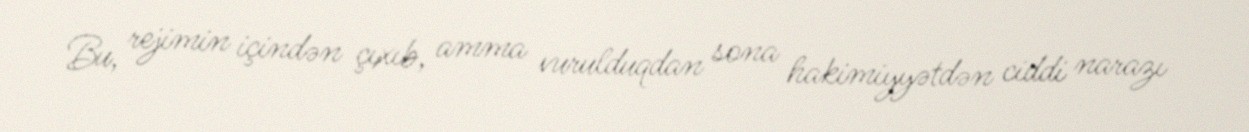
Bu, rejimin içindən çıxıb, amma vurulduqdan sona hakimiyyətdən ciddi narazı